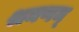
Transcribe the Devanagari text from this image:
श्रमणम्